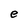
Character: e